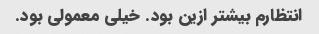
انتظارم بیشتر ازین بود. خیلی معمولی بود.